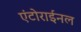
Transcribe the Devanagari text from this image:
एंटोराईनल